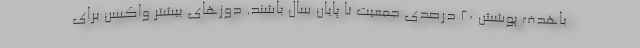
باهدف پوشش ۲۰ درصدی جمعیت تا پایان سال باشند. دوزهای بیشتر واکسن برای